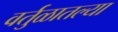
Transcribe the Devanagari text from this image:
वर्तुळातल्या